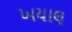
ખયાલ